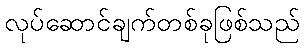
လုပ်ဆောင်ချက်တစ်ခုဖြစ်သည်